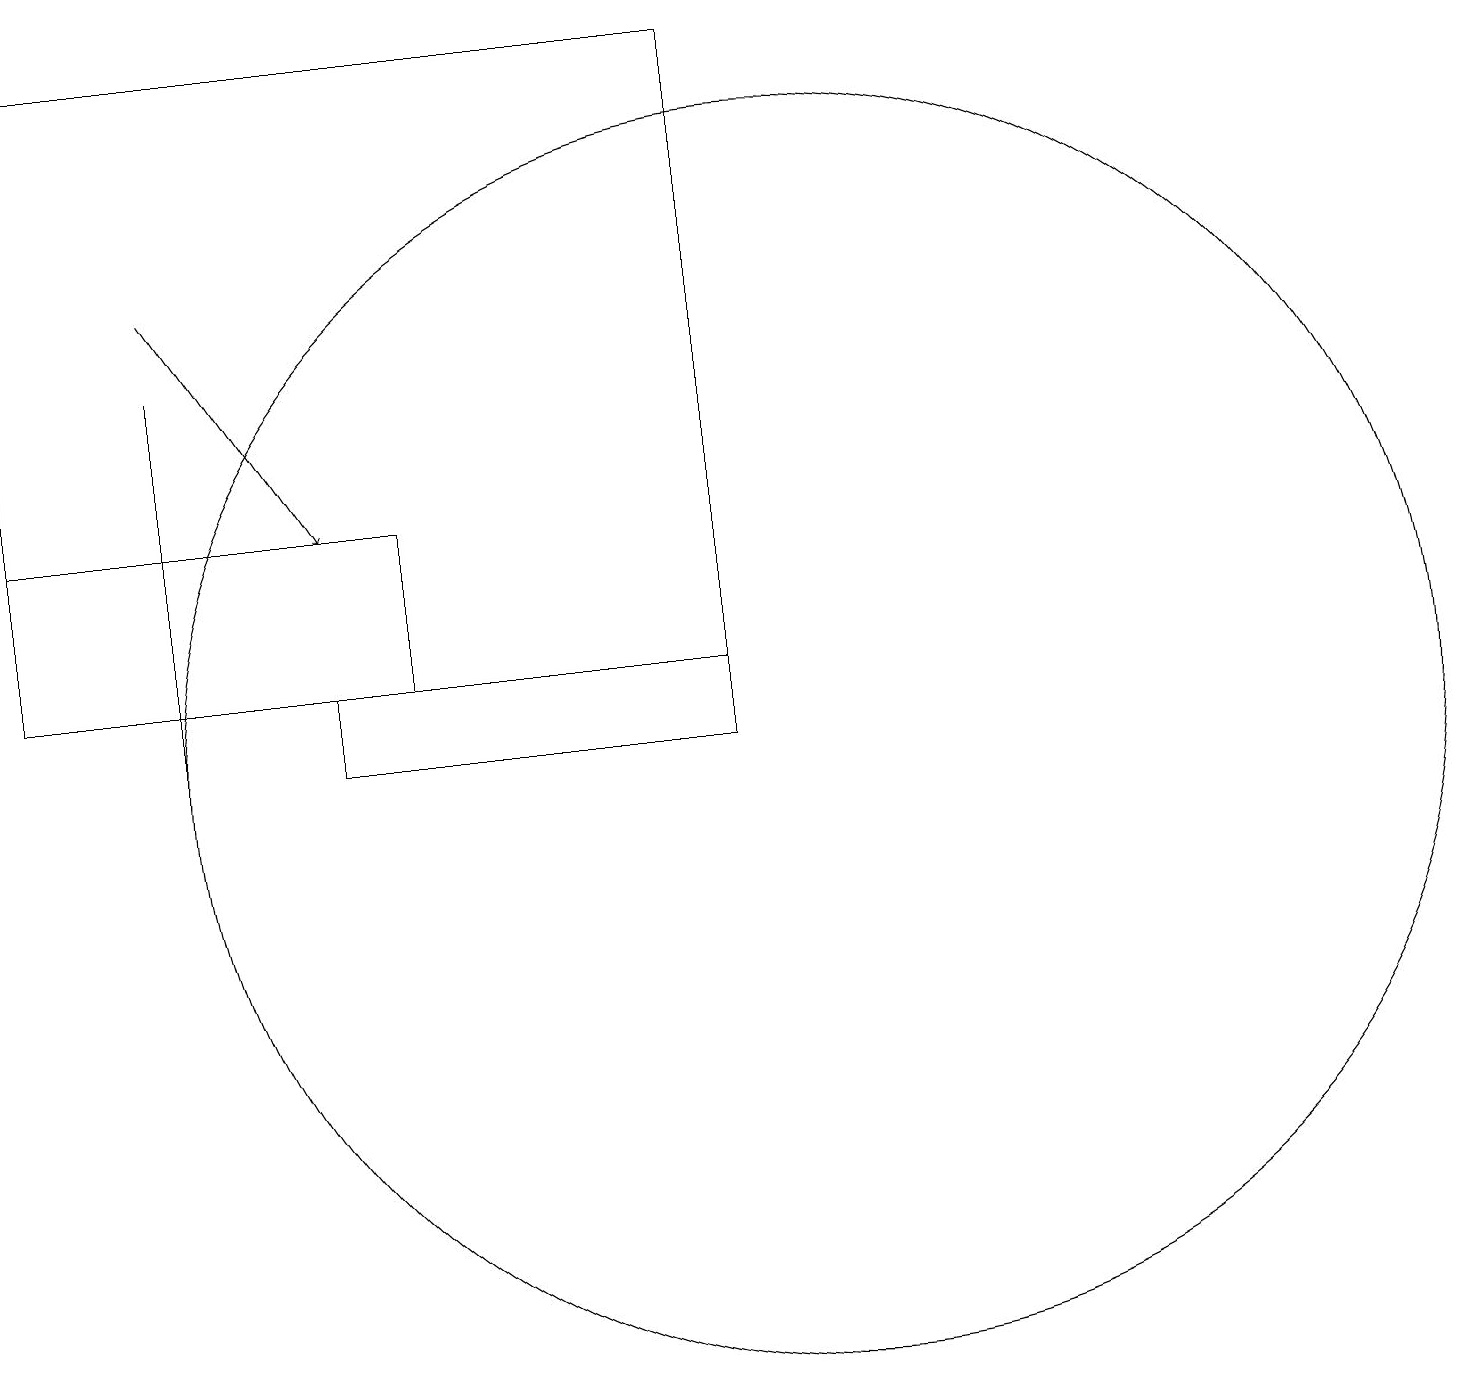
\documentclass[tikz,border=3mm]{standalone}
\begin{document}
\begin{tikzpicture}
\draw (9,10) rectangle (4,11);
\draw (5,11) rectangle (0,13);
\draw (10,10) circle (8);
\draw (2,10) rectangle (2,15);
\draw[->] (2,16) -- (4,13);
\draw (9,11) rectangle (0,19);
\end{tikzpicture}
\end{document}